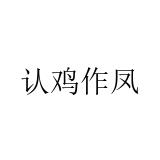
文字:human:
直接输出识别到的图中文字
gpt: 认鸡作凤